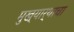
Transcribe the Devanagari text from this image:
मुख्यार्थाचा